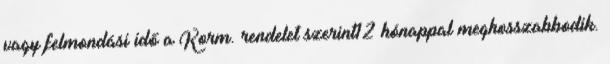
vagy felmondási idő a Korm. rendelet szerint12 hónappal meghosszabbodik.